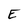
Character: E